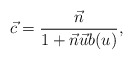
\begin{align*}\vec{c} = \frac{\vec{n}}{1 + \vec{n} \vec{u} b(u)},\end{align*}